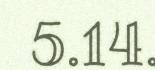
5.14.